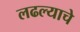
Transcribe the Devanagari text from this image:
लढल्याचे